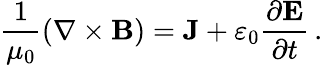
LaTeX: {\frac{1}{\mu_{0}}}(\mathbf{\nabla}\times\mathbf{B})=\mathbf{J}+\varepsilon_{0}{\frac{\partial\mathbf{E}}{\partial t}}\, .